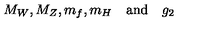
M _ { W } , M _ { Z } , m _ { f } , m _ { H } \quad \mathrm { a n d } \quad g _ { 2 }